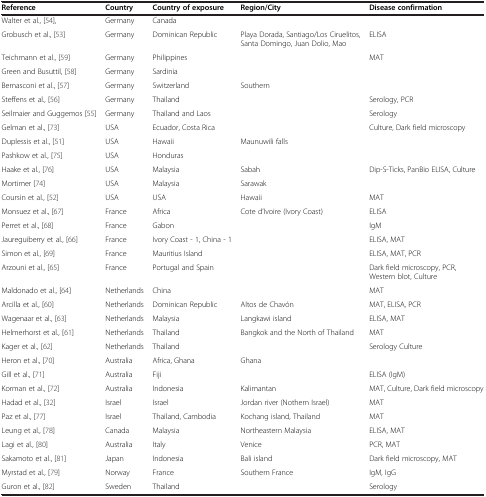
<table><thead><tr><td><b>Reference</b></td><td><b>Country</b></td><td><b>Country of exposure</b></td><td><b>Region/City</b></td><td><b>Disease confirmation</b></td></tr></thead><tbody><tr><td>Walter et al., [54],</td><td>Germany</td><td>Canada</td><td> </td><td> </td></tr><tr><td>Grobusch et al., [53]</td><td>Germany</td><td>Dominican Republic</td><td>Playa Dorada, Santiago/Los Ciruelitos, Santa Domingo, Juan Dolio, Mao</td><td>ELISA</td></tr><tr><td>Teichmann et al., [59]</td><td>Germany</td><td>Philippines</td><td> </td><td>MAT</td></tr><tr><td>Green and Busuttil, [58]</td><td>Germany</td><td>Sardinia</td><td> </td><td> </td></tr><tr><td>Bernasconi et al., [57]</td><td>Germany</td><td>Switzerland</td><td>Southern</td><td> </td></tr><tr><td>Steffens et al., [56]</td><td>Germany</td><td>Thailand</td><td> </td><td>Serology, PCR</td></tr><tr><td>Seilmaier and Guggemos [55]</td><td>Germany</td><td>Thailand and Laos</td><td> </td><td>Serology</td></tr><tr><td>Gelman et al., [73]</td><td>USA</td><td>Ecuador, Costa Rica</td><td> </td><td>Culture, Dark field microscopy</td></tr><tr><td>Duplessis et al., [51]</td><td>USA</td><td>Hawaii</td><td>Maunuwili falls</td><td> </td></tr><tr><td>Pashkow et al., [75]</td><td>USA</td><td>Honduras</td><td> </td><td> </td></tr><tr><td>Haake et al., [76]</td><td>USA</td><td>Malaysia</td><td>Sabah</td><td>Dip-S-Ticks, PanBio ELISA, Culture</td></tr><tr><td>Mortimer [74]</td><td>USA</td><td>Malaysia</td><td>Sarawak</td><td> </td></tr><tr><td>Coursin et al., [52]</td><td>USA</td><td>USA</td><td>Hawaii</td><td>MAT</td></tr><tr><td>Monsuez et al., [67]</td><td>France</td><td>Africa</td><td>Cote d’Ivoire (Ivory Coast)</td><td>ELISA</td></tr><tr><td>Perret et al., [68]</td><td>France</td><td>Gabon</td><td> </td><td>IgM</td></tr><tr><td>Jaureguiberry et al., [66]</td><td>France</td><td>Ivory Coast - 1, China - 1</td><td> </td><td>ELISA, MAT</td></tr><tr><td>Simon et al., [69]</td><td>France</td><td>Mauritius Island</td><td> </td><td>ELISA, MAT, PCR</td></tr><tr><td>Arzouni et al., [65]</td><td>France</td><td>Portugal and Spain</td><td> </td><td>Dark field microscopy, PCR, Western blot, Culture</td></tr><tr><td>Maldonado et al., [64]</td><td>Netherlands</td><td>China</td><td> </td><td>MAT</td></tr><tr><td>Arcilla et al., [60]</td><td>Netherlands</td><td>Dominican Republic</td><td>Altos de Chavón</td><td>MAT, ELISA, PCR</td></tr><tr><td>Wagenaar et al., [63]</td><td>Netherlands</td><td>Malaysia</td><td>Langkawi island</td><td>ELISA, MAT</td></tr><tr><td>Helmerhorst et al., [61]</td><td>Netherlands</td><td>Thailand</td><td>Bangkok and the North of Thailand</td><td>MAT</td></tr><tr><td>Kager et al., [62]</td><td>Netherlands</td><td>Thailand</td><td> </td><td>Serology Culture</td></tr><tr><td>Heron et al., [70]</td><td>Australia</td><td>Africa, Ghana</td><td>Ghana</td><td> </td></tr><tr><td>Gill et al., [71]</td><td>Australia</td><td>Fiji</td><td> </td><td>ELISA (IgM)</td></tr><tr><td>Korman et al., [72]</td><td>Australia</td><td>Indonesia</td><td>Kalimantan</td><td>MAT, Culture, Dark field microscopy</td></tr><tr><td>Hadad et al., [32]</td><td>Israel</td><td>Israel</td><td>Jordan river (Nothern Israel)</td><td>MAT</td></tr><tr><td>Paz et al., [77]</td><td>Israel</td><td>Thailand, Cambodia</td><td>Kochang island, Thailand</td><td>MAT</td></tr><tr><td>Leung et al., [78]</td><td>Canada</td><td>Malaysia</td><td>Northeastern Malaysia</td><td>ELISA, MAT</td></tr><tr><td>Lagi et al., [80]</td><td>Australia</td><td>Italy</td><td>Venice</td><td>PCR, MAT</td></tr><tr><td>Sakamoto et al., [81]</td><td>Japan</td><td>Indonesia</td><td>Bali island</td><td>Dark field microscopy, MAT</td></tr><tr><td>Myrstad et al., [79]</td><td>Norway</td><td>France</td><td>Southern France</td><td>IgM, IgG</td></tr><tr><td>Guron et al., [82]</td><td>Sweden</td><td>Thailand</td><td> </td><td>Serology</td></tr></tbody></table>